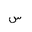
Letter: _sin